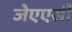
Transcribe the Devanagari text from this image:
जेएएसी